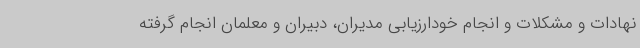
نهادات و مشکلات و انجام خودارزیابی مدیران، دبیران و معلمان انجام گرفته